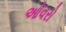
ઓવરો